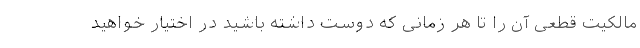
مالکیت قطعی آن را تا هر زمانی که دوست داشته باشید در اختیار خواهید